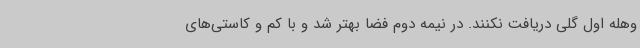
وهله اول گلی دریافت نکنند. در نیمه دوم فضا بهتر شد و با کم و کاستی‌های